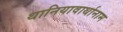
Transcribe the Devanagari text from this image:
थानियावार्थानाम